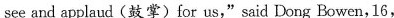
see and applaud (鼓掌) for us,"said Dong Bo wen,16,